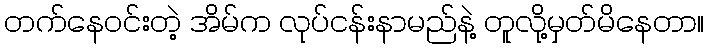
တက်နေဝင်းတဲ့ အိမ်က လုပ်ငန်းနာမည်နဲ့ တူလို့မှတ်မိနေတာ။